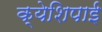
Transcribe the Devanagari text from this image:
क्येशिपाई